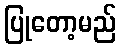
ပြုတော့မည်